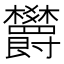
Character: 欝